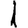
Digit: 1